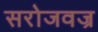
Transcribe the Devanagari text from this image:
सरोजवज्र